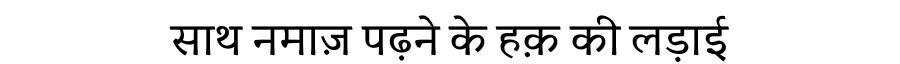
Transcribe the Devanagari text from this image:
साथ नमाज़ पढ़ने के हक़ की लड़ाई